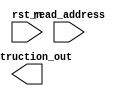
module Instruction_Mem(
    input rst_n,
    input [31:0] read_address,
    output [31:0] instruction_out 
);
reg [31:0] memory[63:0]; //memory consist of 64 registers each of 32 bits

//assign instruction_out = memory[read_address]; //assign what is placed at memory address to instruction out

integer k;
always @(negedge rst_n) begin
  for(k = 0; k < 64; k = k + 1) begin
    memory[k] = 32'h00000000;
  end
end
endmodule